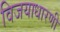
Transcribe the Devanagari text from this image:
विजयाधारणी